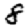
Digit: 8